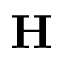
\mathbf { H }